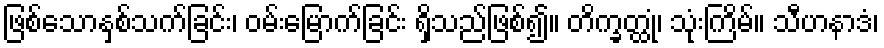
ဖြစ်သောနှစ်သက်ခြင်း၊ ဝမ်းမြောက်ခြင်း ရှိသည်ဖြစ်၍။ တိက္ခတ္ထုံ၊ သုံးကြိမ်။ သီဟနာဒံ၊